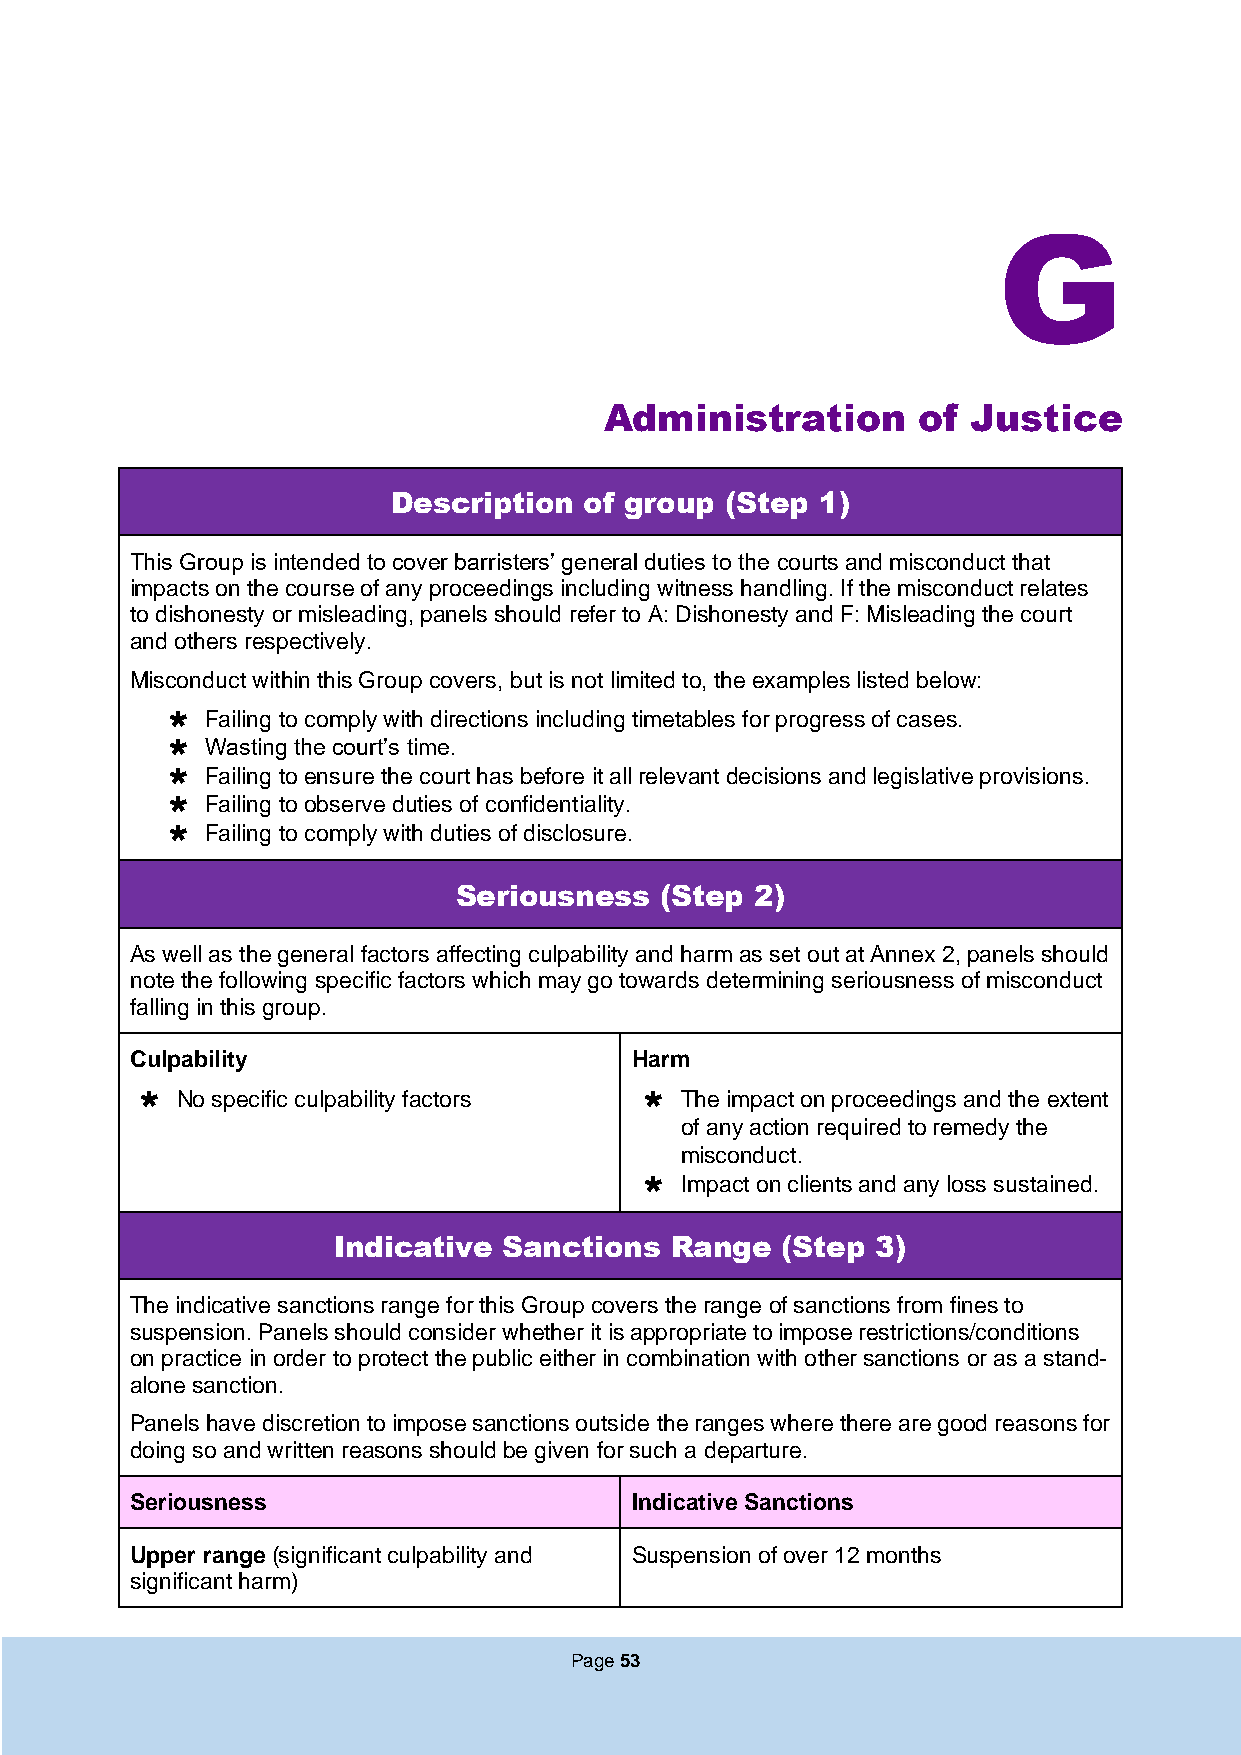
G
 Administration       of Justice
 Description  of group (Step 1)
 This Group is intended to cover barristers’ general duties to the courts and misconduct that
 impacts on the course of any proceedings including witness handling. If the misconduct relates
 to dishonesty or misleading, panels should refer to A: Dishonesty and F: Misleading the court
 and others respectively.
 Misconduct within this Group covers, but is not limited to, the examples listed below:
   Failing to comply with directions including timetables for progress of cases.
   Wasting the court’s time.
   Failing to ensure the court has before it all relevant decisions and legislative provisions.
   Failing to observe duties of confidentiality.
   Failing to comply with duties of disclosure.
 Seriousness   (Step 2)
 As well as the general factors affecting culpability and harm as set out at Annex 2, panels should
 note the following specific factors which may go towards determining seriousness of misconduct
 falling in this group.
 Culpability                      Harm
   No specific culpability factors  The impact on proceedings and the extent
 of any action required to remedy the
 misconduct.
  Impact on clients and any loss sustained.
 Indicative Sanctions  Range   (Step 3)
 The indicative sanctions range for this Group covers the range of sanctions from fines to
 suspension. Panels should consider whether it is appropriate to impose restrictions/conditions
 on practice in order to protect the public either in combination with other sanctions or as a stand-
 alone sanction.
 Panels have discretion to impose sanctions outside the ranges where there are good reasons for
 doing so and written reasons should be given for such a departure.
 Seriousness                      Indicative Sanctions
 Upper range (significant culpability and Suspension of over 12 months
 significant harm)
 Page 53